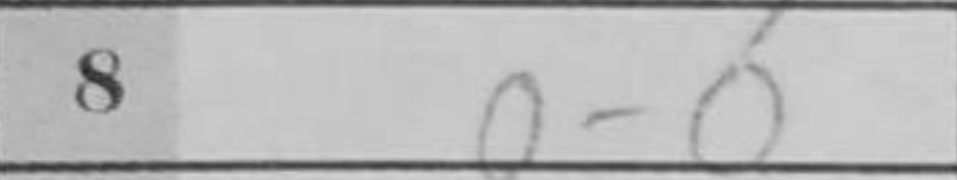
Transcription: O-O